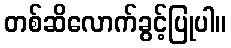
တစ်ဆိလောက်ခွင့်ပြုပါ။